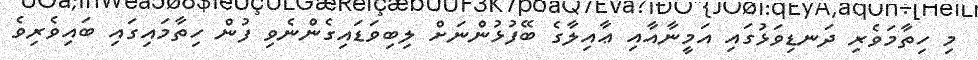
މި ހިތާމަވެރި ދަނޑިވަޅުގައި އަމީނާއާއި ޢާއިލާގެ ބޭފުޅުންނަށް ލިބިވަޑައިގެންނެވި ފުން ހިތާމައިގައި ބައިވެރިވެ